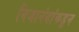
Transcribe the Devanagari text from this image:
निजानंदांकडून